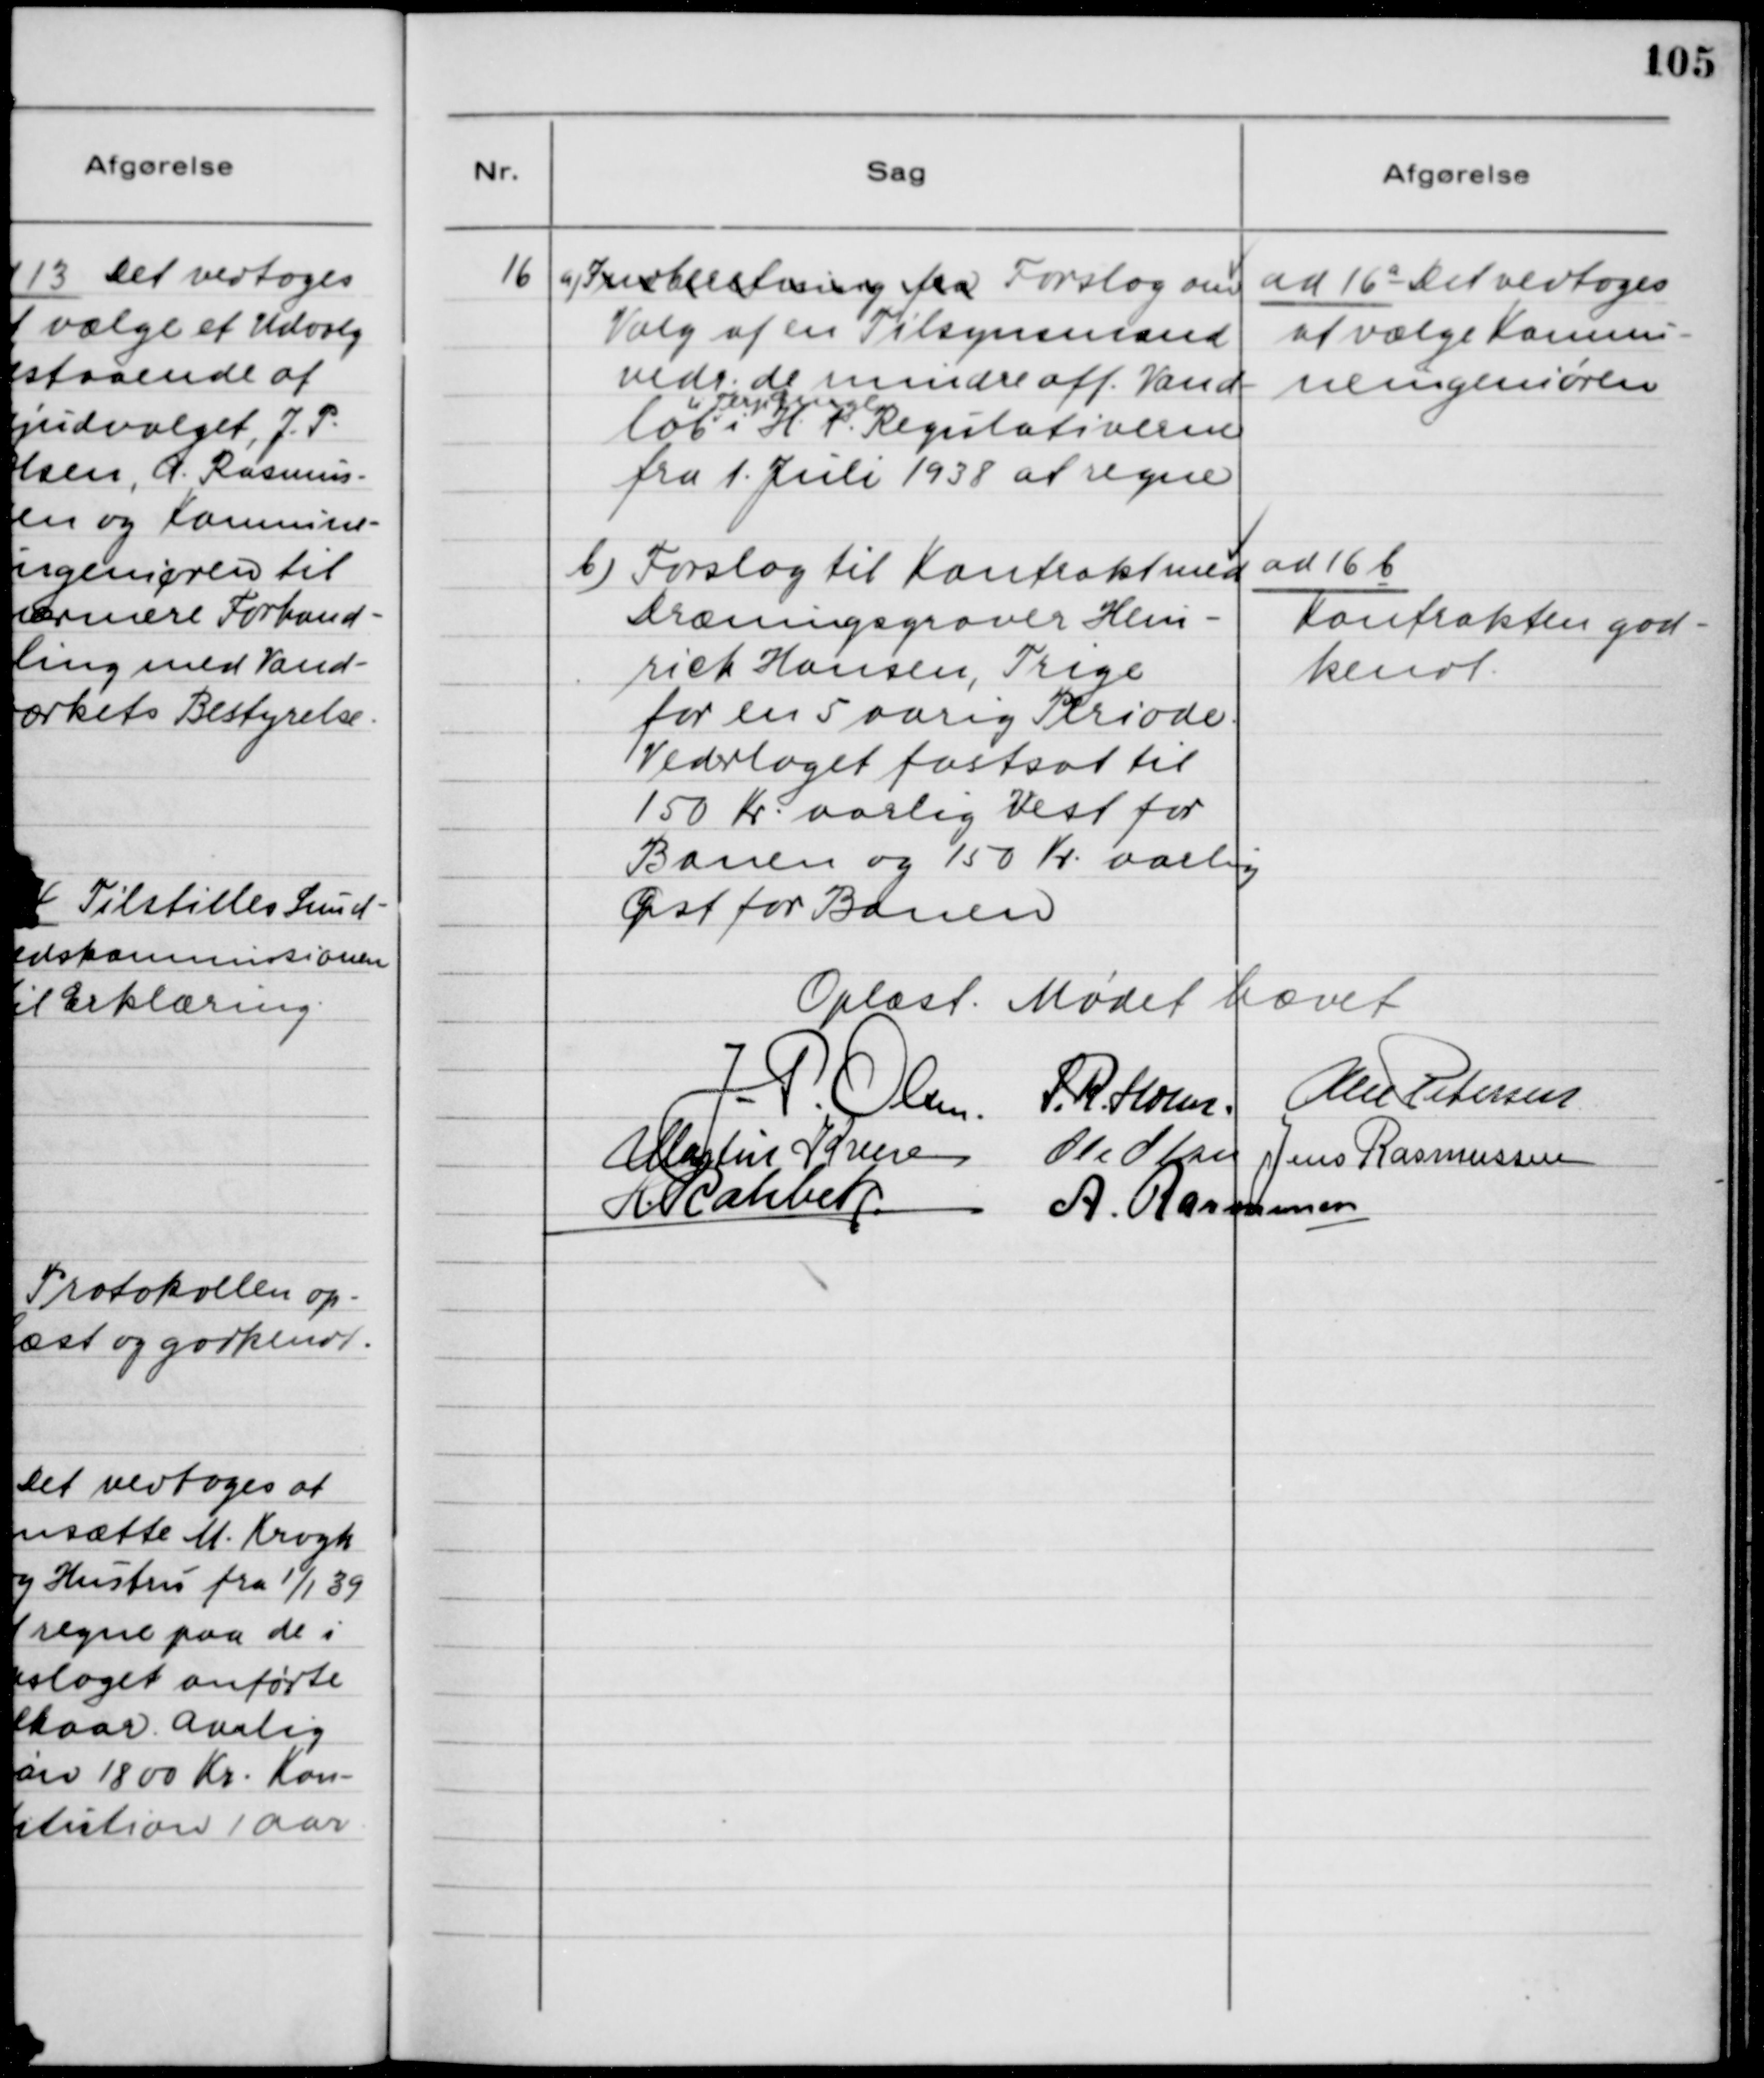
Transskription:
16 a) Indberetning fra Forslag om
Valg af en Tilsynsmand
vedr. de mindre off. Vand-
løb v. Terp Bjerge i H.t. Regulativerne
fra 1. Juli 1938 at regne.

ad 16 a. Det vedtoges
at vælge Kommu-
neingeniøren.

b) Forslag til Kontrakt med
Dræningsgraver Hein-
rick Hansen, Trige
for en 5 aarig Periode.
Vederlaget fastsat til
150 Kr. aarlig Vest for
Banen og 150 Kr. aarlig
Øst for Banen.

ad 16 b
Kontrakten god-
kendt.

Oplæst. Mødet hævet.